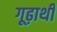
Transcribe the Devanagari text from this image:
गूढ़ार्थी